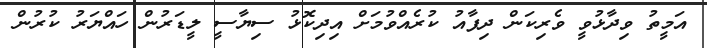
އަމީތު ވިދާޅުވީ ވެރިކަން ދިފާއު ކުރެއްވުމަށް އިިދިކޮޅު ސިޔާސީ ލީޑަރުން ހައްޔަރު ކުރުން